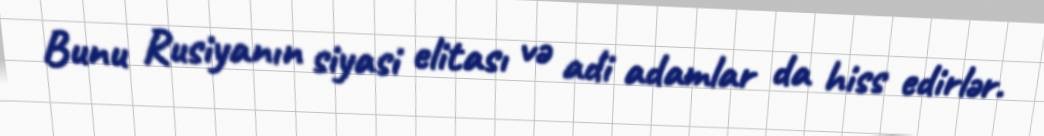
Bunu Rusiyanın siyasi elitası və adi adamlar da hiss edirlər.